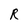
Character: R